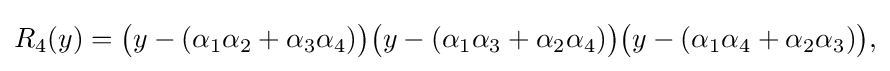
R_{4}(y)={\bigl (}y-(\alpha _{1}\alpha _{2}+\alpha _{3}\alpha _{4}){\bigr )}{\bigl (}y-(\alpha _{1}\alpha _{3}+\alpha _{2}\alpha _{4}){\bigr )}{\bigl (}y-(\alpha _{1}\alpha _{4}+\alpha _{2}\alpha _{3}){\bigr )}{\text{,}}